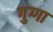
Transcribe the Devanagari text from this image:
गुग्गा